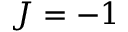
J = - 1